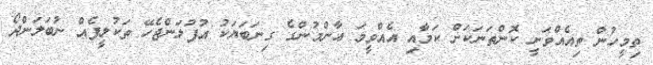
ތިމީހުން ތިއެއްވަނީ ކޮންތަނަކަށް ކަމާއި އެއްވީމަ ޢާންމުންގެ ގިނަބަޔަކު އުފުލަންޖެހޭ ތަކުލީފެއް ނުބަލަންދޯ